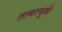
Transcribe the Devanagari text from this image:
तत्वामुळे